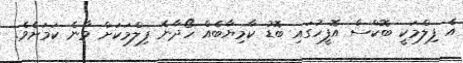
އެ ފިލްމަކީ ބޮކްސް އޮފީހުގައި ބޮޑު ކާމިޔާބެއް ހޯދާނެ ފިލްމަކަށް ވާނެ ކަމަށެވެ.